Bombay plague: being a history of the progress of plague in the Bombay presidency from September 1896 to June 1899
Year: 1896
Disease focus: Plague
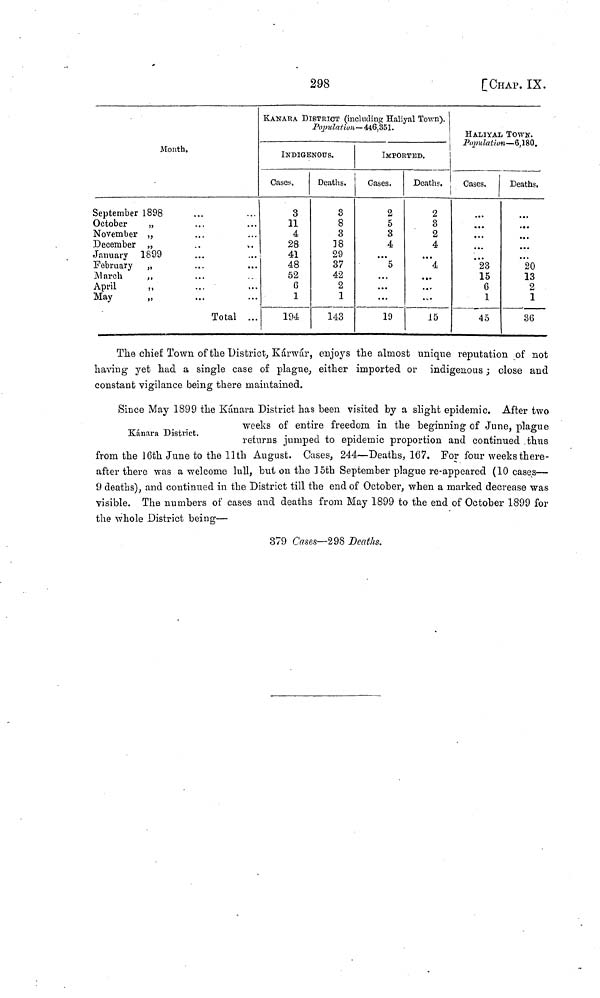
298
[CHAP. IX.
Month.
September 1898
October
November
December
January 1899
February
M arch
April
May
...
...
...
...
Total
...
...
...
...
...
...
...
...
KANAKA DISTRICT (including Haliyal Town).
Population— 446,351.
INDIGENOUS.
Cases,
3
11
4
28
41
48
52
6
1
194
Deaths.
3
8
3
]8
29
37
42
2
1
143
IMPORTANCE
Cases.
2
5
3
4
...
5
...
...
...
19
Death«.
2
3
2
4
...
4
··· ...
...
15
HALIYAL TOWN.
Population— 6,180.
Cases.
...
...
...
23
15
6
1
45
Deaths,
...
...
.
20
13
2
1
36
The chief Town of the District, Kárwár, enjoys the almost unique reputation of not
having yet had a single case of plague, either imported or indigenous ; close and
constant vigilance being there maintained.
Kánara District.
Since May 1899 the Kánara District has been visited by a slight epidemic. After two
weeks of entire freedom in the beginning of June, plague
returns lumped to epidemic proportion and continued thus
from the 16th June to the 11th August. Cases, 244—Deaths, 167. For four weeks there-
after there was a welcome lull, but on the 15th September plague re-appeared (10 cases—
9 deaths), and continued in the District till the end of October, when a marked decrease was
visible. The numbers of cases and deaths from May 1899 to the end of October 1899 for
the whole District being—
379 Cases—298 Deaths.